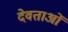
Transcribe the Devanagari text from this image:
देवताअाें